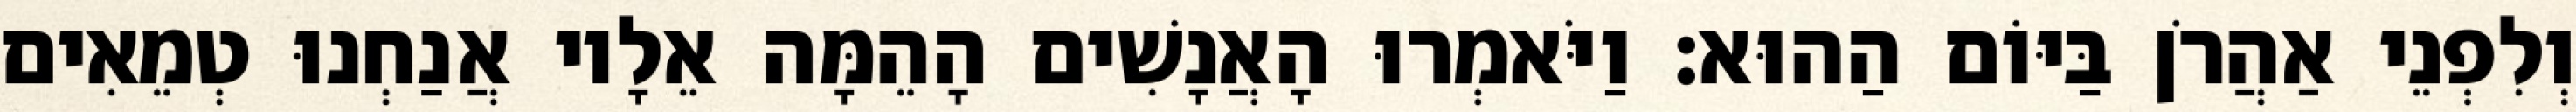
וְלִפְנֵי אַהֲרֹן בַּיּוֹם הַהוּא׃ וַיֹּאמְרוּ הָאֲנָשִׁים הָהֵמָּה אֵלָיו אֲנַחְנוּ טְמֵאִים